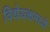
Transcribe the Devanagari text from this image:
विधेयकमध्ये